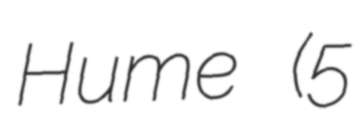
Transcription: Hume (5